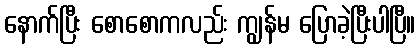
နောက်ပြီး စောစောကလည်း ကျွန်မ ပြောခဲ့ပြီးပါပြီ။